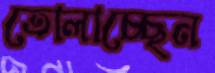
তোলাচ্ছেন